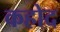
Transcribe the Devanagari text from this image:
कहोद